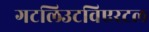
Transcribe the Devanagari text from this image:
गटलिउटविएरटल